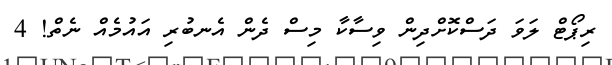
ރިޕޯޓް ލަވަ ދަސްކޮށްދިން ވިސާކާ މިސް ދެން އެނބުރި އައުމެއް ނެތް! 4